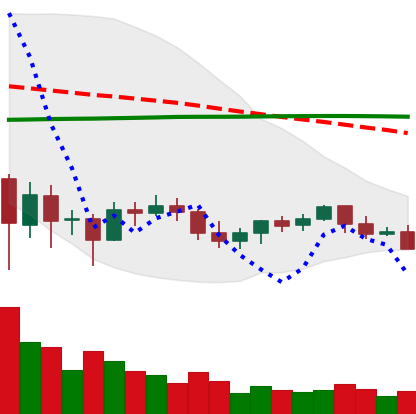
Ticker: BTC-USD
Chart end date: 2021-06-07
Forward return: 5.935%
Label: up_5_7